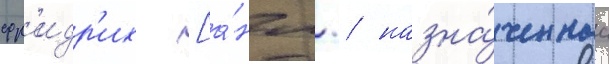
фр'идр'их [а́нгл. / назна́ченнаа